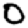
Digit: 0